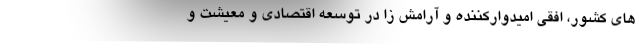
های کشور، افقی امیدوارکننده و آرامش زا در توسعه اقتصادی و معیشت و